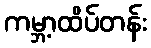
ကမ္ဘာ့ထိပ်တန်း